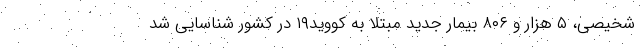
شخیصی، ۵ هزار و ۸۰۶ بیمار جدید مبتلا به کووید۱۹ در کشور شناسایی شد